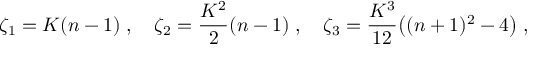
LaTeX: \zeta _ { 1 } = K ( n - 1 ) \; , \quad \zeta _ { 2 } = \frac { K ^ { 2 } } { 2 } ( n - 1 ) \; , \quad \zeta _ { 3 } = \frac { K ^ { 3 } } { 1 2 } \big ( ( n + 1 ) ^ { 2 } - 4 \big ) \; ,